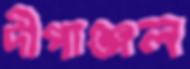
দীপাঞ্জল